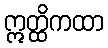
ဣတ္ထိကထာ